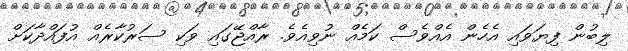
ލިބުން ފިޔަވައި އެހެން އެއްވެސް ކަމެއް ނުވިއެވެ. ރާއްޖޭގައި ވަކި ސަރުކާރެއް އުފައްދާކަށް